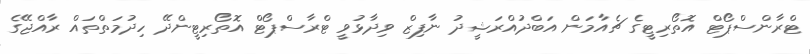
ޓްރާންސްޕޯޓް އޮތޯރިޓީގެ ޗެއާމަން އަބްދުއްރަޝީދު ނާފިޒް ވިދާޅުވީ ޓްރާސްޕޯޓް އޮތޯރިޓީންދޭ ހިދުމަތްތައް ރާއްޖޭގެ